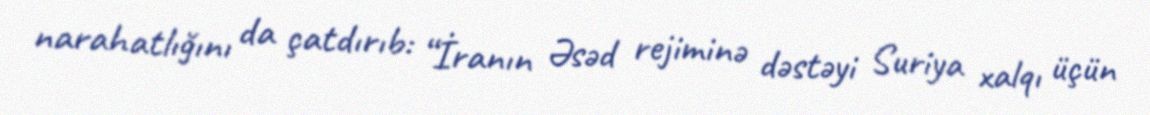
narahatlığını da çatdırıb: “İranın Əsəd rejiminə dəstəyi Suriya xalqı üçün